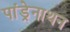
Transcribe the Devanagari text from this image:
पांड्रेनाथन